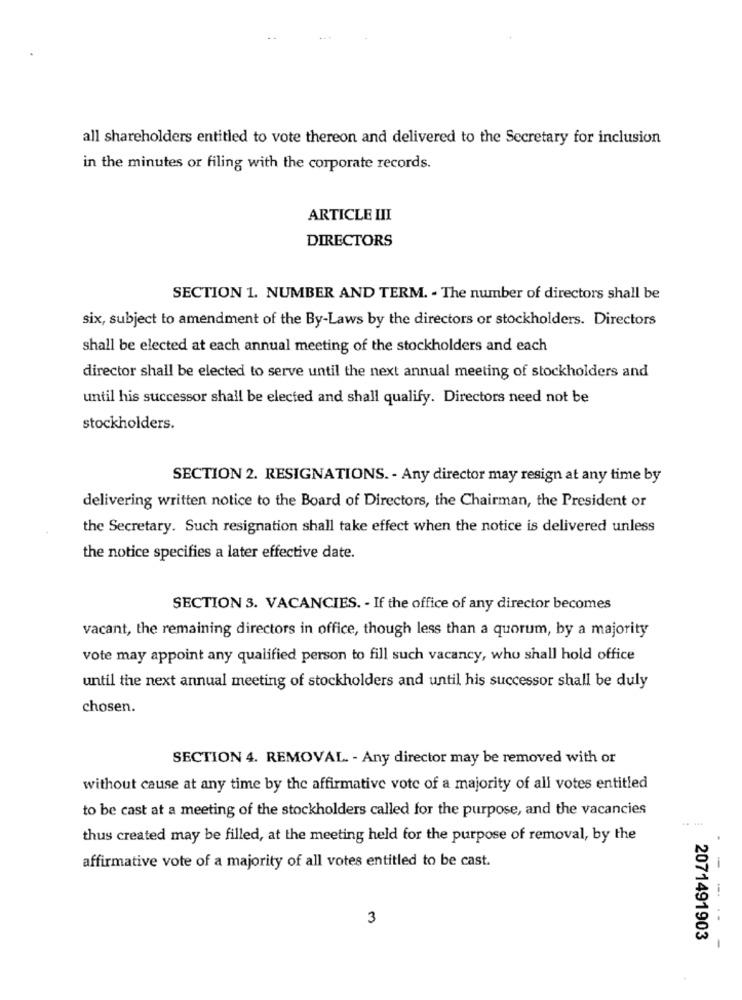
all shareholders entitled to vote thereon and delivered to the Secretary for inclusion
in the minutes or filing with the corporate records.
ARTICLE III
DIRECTORS
SECTION 1. NUMBER AND TERM. - The number of directors shall be
six, subject to amendment of the By-Laws by the directors or stockholders. Directors
shall be elected at each annual meeting of the stockholders and each
director shall be elected to serve until the next annual meeting of stockholders and
until his successor shall be elected and shall qualify. Directors need not be
stockholders.
SECTION 2. RESIGNATIONS. - Any director may resign at any time by
delivering written notice to the Board of Directors, the Chairman, the President or
the Secretary. Such resignation shall take effect when the notice is delivered unless
the notice specifies a later effective date.
SECTION 3. VACANCIES. - If the office of any director becomes
vacant, the remaining directors in office, though less than a quorum, by a majority
vote may appoint any qualified person to fill such vacancy, who shall hold office
until the next annual meeting of stockholders and until his successor shall be duly
chosen.
SECTION 4. REMOVAL. - Any director may be removed with or
without cause at any time by the affirmative vote of a majority of all votes entitled
to be cast at a meeting of the stockholders called for the purpose, and the vacancies
thus created may be filled, at the meeting held for the purpose of removal, by the
affirmative vote of a majority of all votes entitled to be cast.
3
2071491903